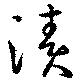
漬